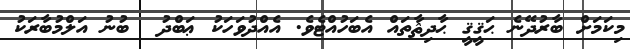
މިކަމަށް ބާރުދޭނެ ޙަޤީޤީ ޙާދިޘާތައް އެބަހުއްޓެވެ. އެއްދުވަހަކު ޢަބްދު  ބުނު އަލްމުބާރަކު